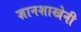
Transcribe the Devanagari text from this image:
ज्ञानशाखेनी